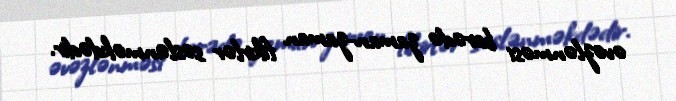
əvəzlənməsi barədə zaman-zaman fikirlər səslənməkdədir.